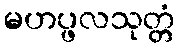
မဟပ္ဖလသုတ္တံ